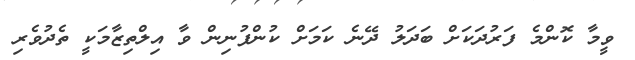
ވީމާ ކޮންމެ ފަރުދަކަށް ބަދަލު ދޭނެ ކަމަށް ކުންފުނިން ވާ އިލްތިޒާމަކީ ތެދުވެރި